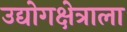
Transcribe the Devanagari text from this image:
उद्योगक्षेत्राला